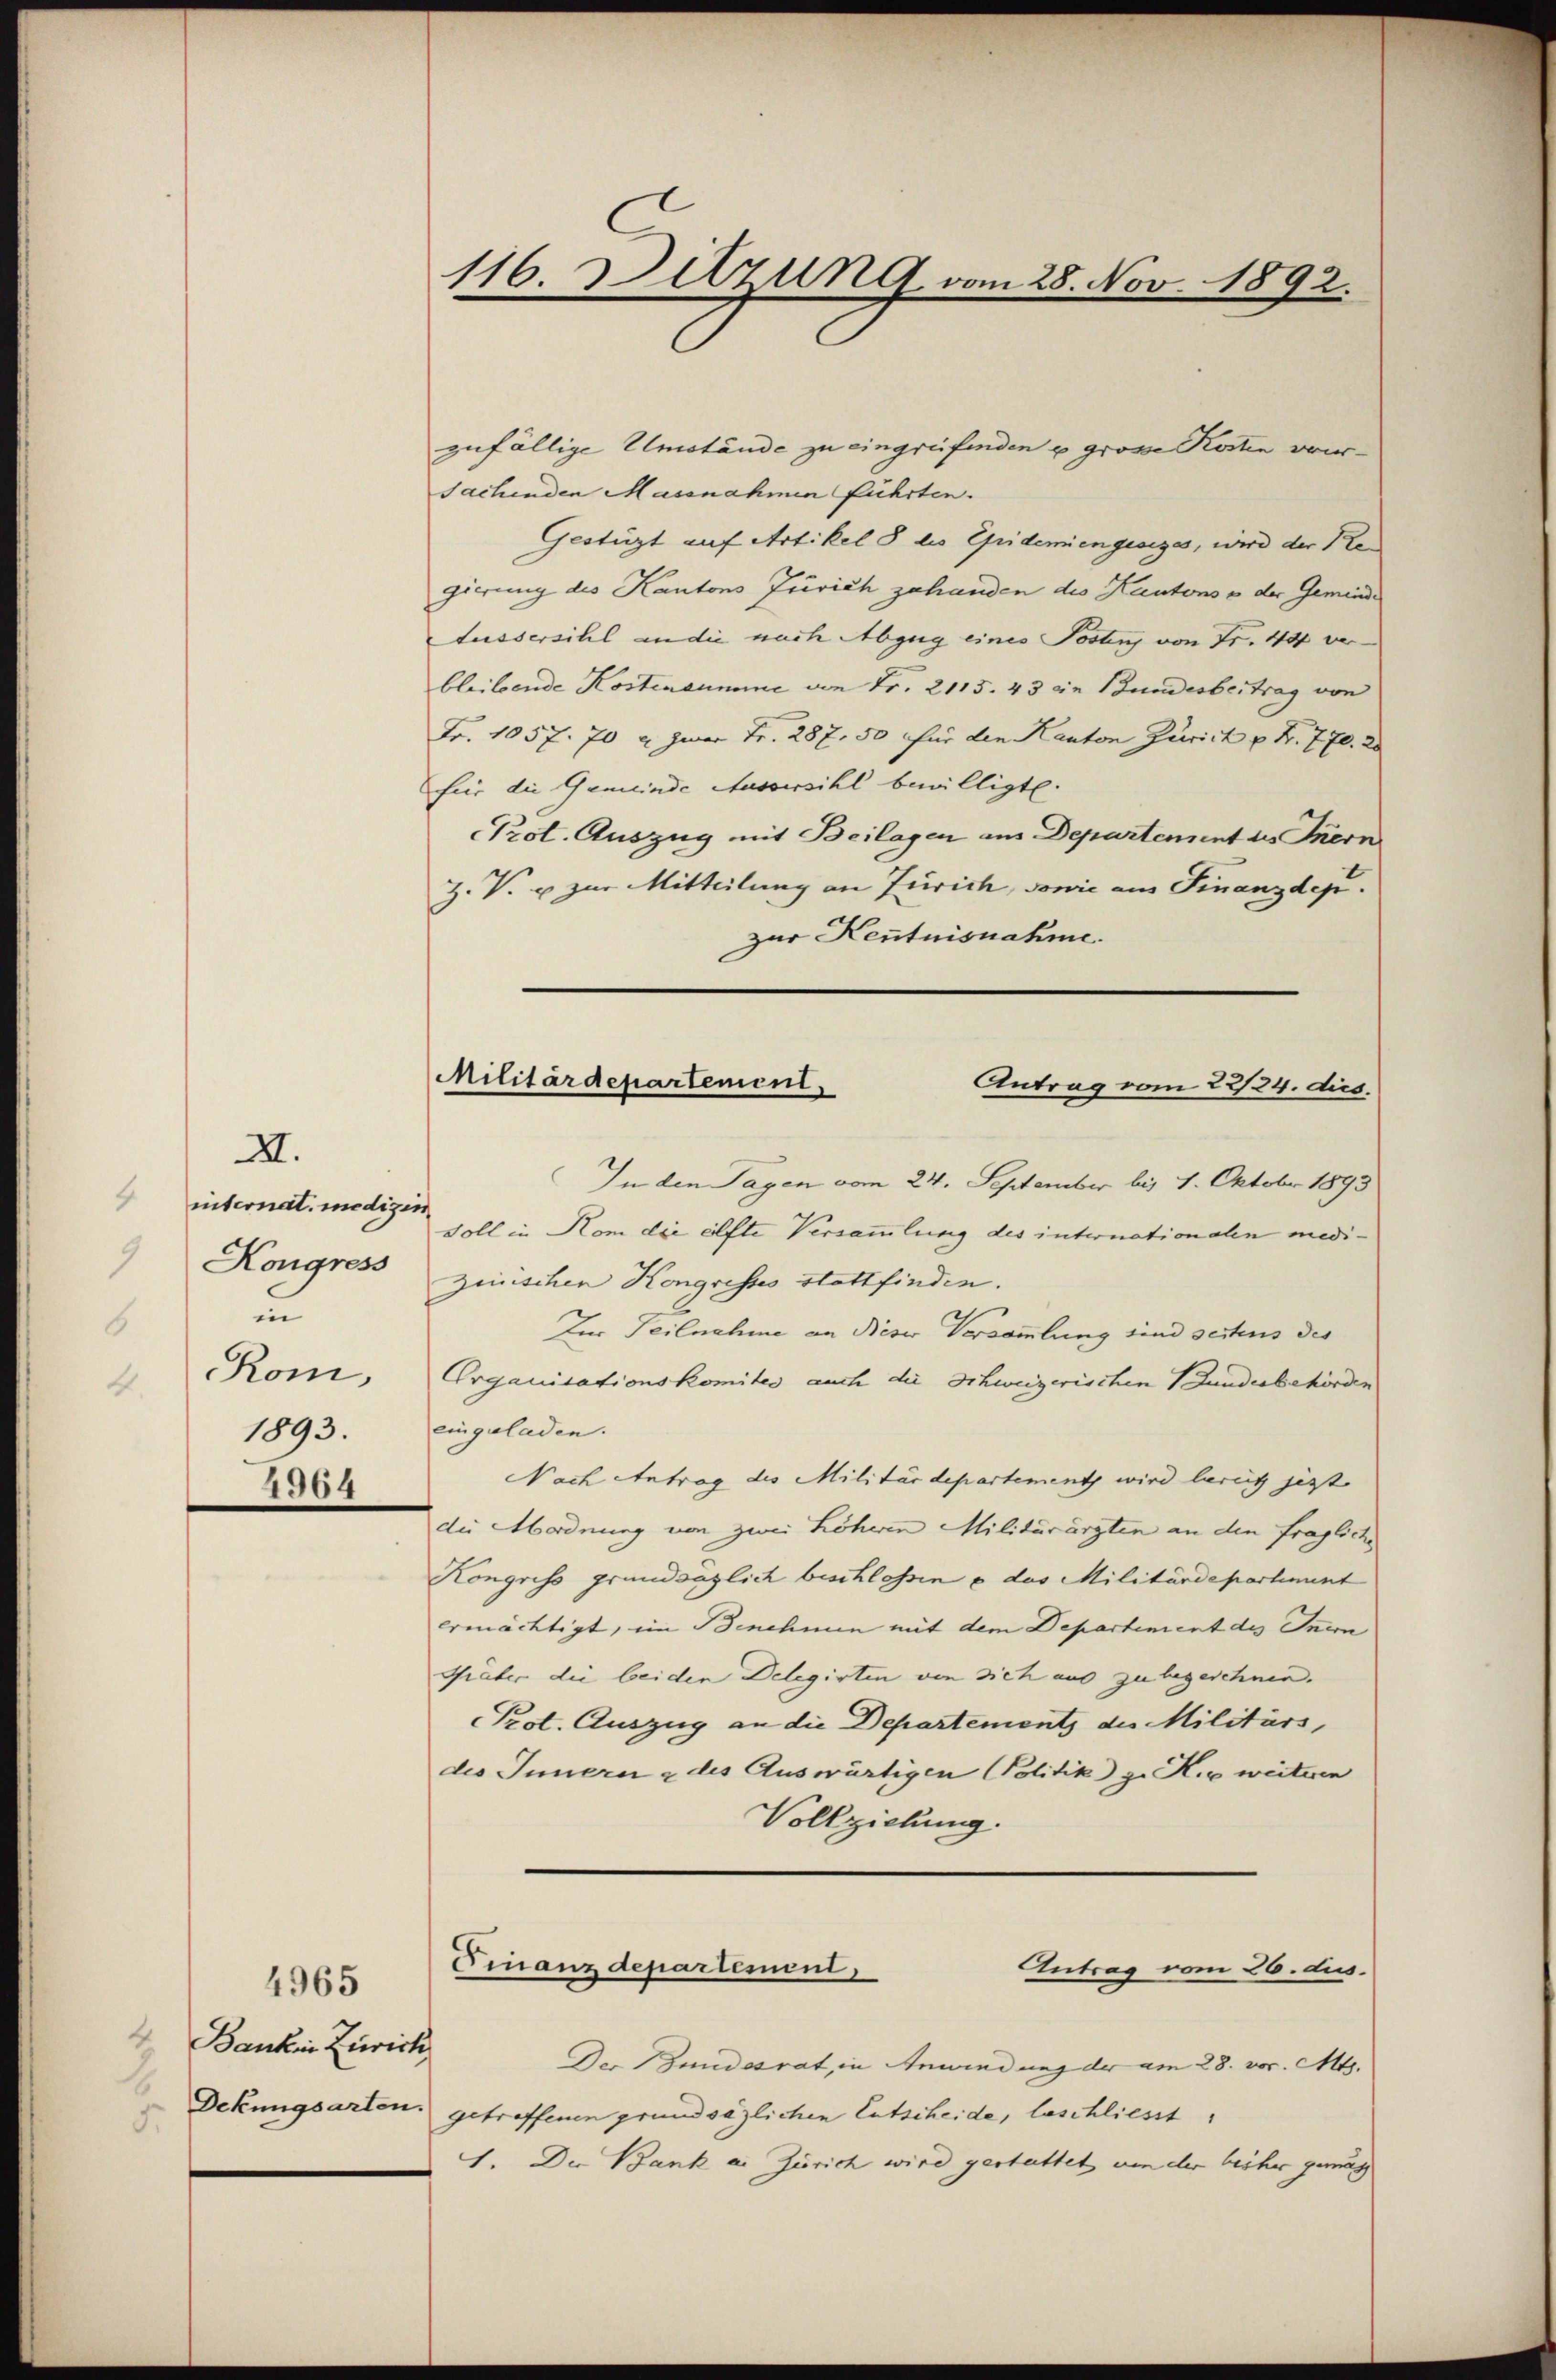
iiternat. medizir
Kongress
un
Rom,
1893.
4964

XII.

4965

zufällige Umstände zu eingreifenden u große Kosten vor¬
Sachenden Massnahmen führten.
Gestüzt auf Artikel 8 des Epidemiengesiges, wird der Regierung des Kantons Zürich zuhanden des Kantons o der Gemeinde
Aussersihl an die nach Abzug eines Posten von Fr. 44 ver
bleibende Kostensumme von Fr. 2115. 43 die Bundesbertrag von
Fr. 1057. 70 u. zwar Fr. 287, 50 für den Kanton Zürich u. Fr. 770. 20
für die Gemeinde Aussersihl bewilligt.
Prot. Auszug mit Beilagen aus Departement des Inern
Z. V. u. zur Mitteilung an Zürich, sowie am Finanzdepi.
zur Kenntnisnahme.

Bankin Zürich
5.

116 Ditzung vom 28. Nov. 1892.

Militärdepartement,
Antrag vom 22/24. dies.

In den Tagen vom 24. September bis 4. Oktober 1893
Soll in Hom die elfte Versammlung des intionationalen medizinischen Kongresses stattfinden.
Zur Teilnahme an Nieser Versammlung sind seitens des
Organisationskomites auch die Schweizerischen Bundesbehörden
eingeladen.
Nach Antrag des Militärdepartement wird bereit jetzt
die Abordnung von zwei höheren Militärärzten an den fragliche
Kongress grundsaglich beschlossen – das Militärdepartement
ermächtigt, im Benehmen mit dem Departement des Inern
Güter die beiden Delegirten von sich aus zu begeschnen.
Prot. Auszug an die Departements des Militärs,
des Innern & des Auswärtigen Politik ge Kie weiteren
Vollziehung.
Finanzdepartement,
Antrag vom 26. dus.
Der Bundesrat, in Anwendung der am 28. vor. Mts.
Dekungsarten getreffenen grundsäglichen Entscheide, beschliesst
1. Die Bank an Zürich wird gestattet um der bisher gemäs